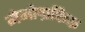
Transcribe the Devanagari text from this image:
मेमोग्रफिक